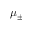
\mu _ { \pm }